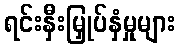
ရင်းနှီးမြှုပ်နှံမှုများ